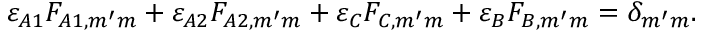
\varepsilon _ { A 1 } F _ { A 1 , m ^ { \prime } m } + \varepsilon _ { A 2 } F _ { A 2 , m ^ { \prime } m } + \varepsilon _ { C } F _ { C , m ^ { \prime } m } + \varepsilon _ { B } F _ { B , m ^ { \prime } m } = \delta _ { m ^ { \prime } m } .